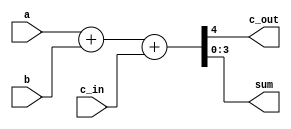
`timescale 1ns / 1ps
//////////////////////////////////////////////////////////////////////////////////
// Company: 
// Engineer: 
// 
// Design Name: 
// Module Name: Verification_4bits
// Project Name: 
// Target Devices: 
// Tool Versions: 
// Description: 
// 
// Dependencies: 
// 
// Revision:
// Revision 0.01 - File Created
// Additional Comments:
// 
//////////////////////////////////////////////////////////////////////////////////


module Verification_4bits(
input [3:0] a,
input [3:0] b,
input c_in,
output c_out,
output [3:0] sum
);

assign {c_out, sum} = a + b + c_in;

endmodule